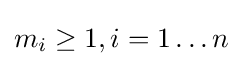
m_{i}\geq 1,i=1\ldots n